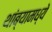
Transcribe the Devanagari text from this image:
थांब्यामध्ये